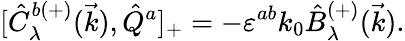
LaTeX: {[}\hat{C}_{\lambda}^{b(+)}(\vec{k}),\hat{Q}^{a}]_{+}=-\varepsilon^{ab}k_{0}\hat{B}_{\lambda}^{(+)}(\vec{k}).